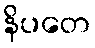
နိပတေ